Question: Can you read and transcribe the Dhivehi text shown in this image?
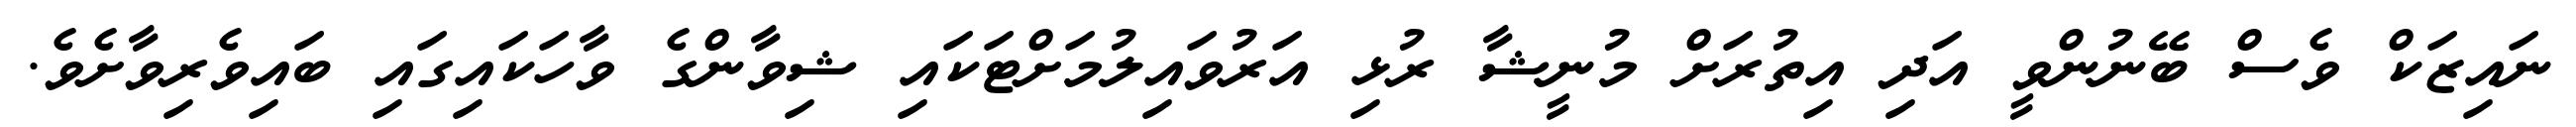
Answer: ނައިޒަކް ވެސް ބޭނުންވީ އަދި އިތުރަށް މުނީޝާ ރުޅި އަރުވައިލުމަށްޓަކައި ޝިވާންގެ ވާހަކައިގައި ބައިވެރިވާށެވެ.